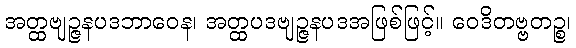
အတ္ထဗျဉ္ဇနပဒဘာဝေန၊ အတ္ထပဒဗျဉ္ဇနပဒအဖြစ်ဖြင့်။ ဝေဒိတဗ္ဗတဉ္စ၊